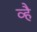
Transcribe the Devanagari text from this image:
व्है